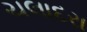
ચલાદરા